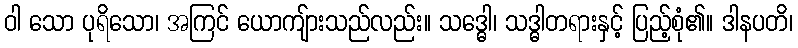
ဝါ သော ပုရိသော၊ အကြင် ယောကျ်ားသည်လည်း။ သဒ္ဓေါ၊ သဒ္ဓါတရားနှင့် ပြည့်စုံ၏။ ဒါနပတိ၊